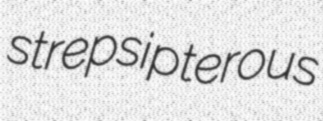
strepsipterous